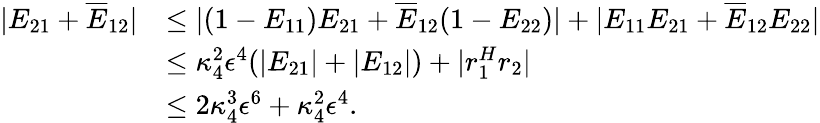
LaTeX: \begin{array}{rl}{|E_{21}+\overline{{E}}_{12}|}&{\leq|(1-E_{11})E_{21}+\overline{{E}}_{12}(1-E_{22})|+|E_{11}E_{21}+\overline{{E}}_{12}E_{22}|}\\ &{\leq\kappa_{4}^{2}\epsilon^{4}(|E_{21}|+|E_{12}|)+|r_{1}^{H}r_{2}|}\\ &{\leq 2\kappa_{4}^{3}\epsilon^{6}+\kappa_{4}^{2}\epsilon^{4}.}\end{array}